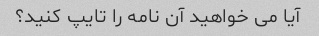
آیا می خواهید آن نامه را تایپ کنید؟